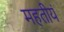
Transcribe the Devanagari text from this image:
महतीयं